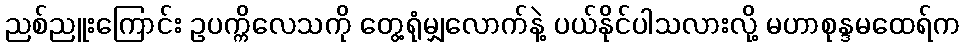
ညစ်ညူးကြောင်း ဥပက္ကိလေသကို တွေ့ရုံမျှလောက်နဲ့ ပယ်နိုင်ပါသလားလို့ မဟာစုန္ဒမထေရ်က